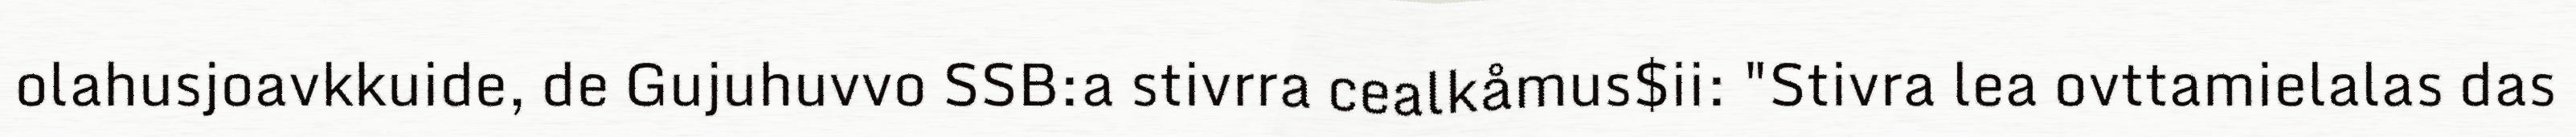
olahusjoavkkuide, de Gujuhuvvo SSB:a stivrra cealkåmus$ii: "Stivra lea ovttamielalas das